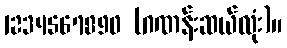
1234567890 (ဂဏန်းဆယ်လုံး)။